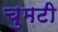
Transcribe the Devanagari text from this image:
चुमटी